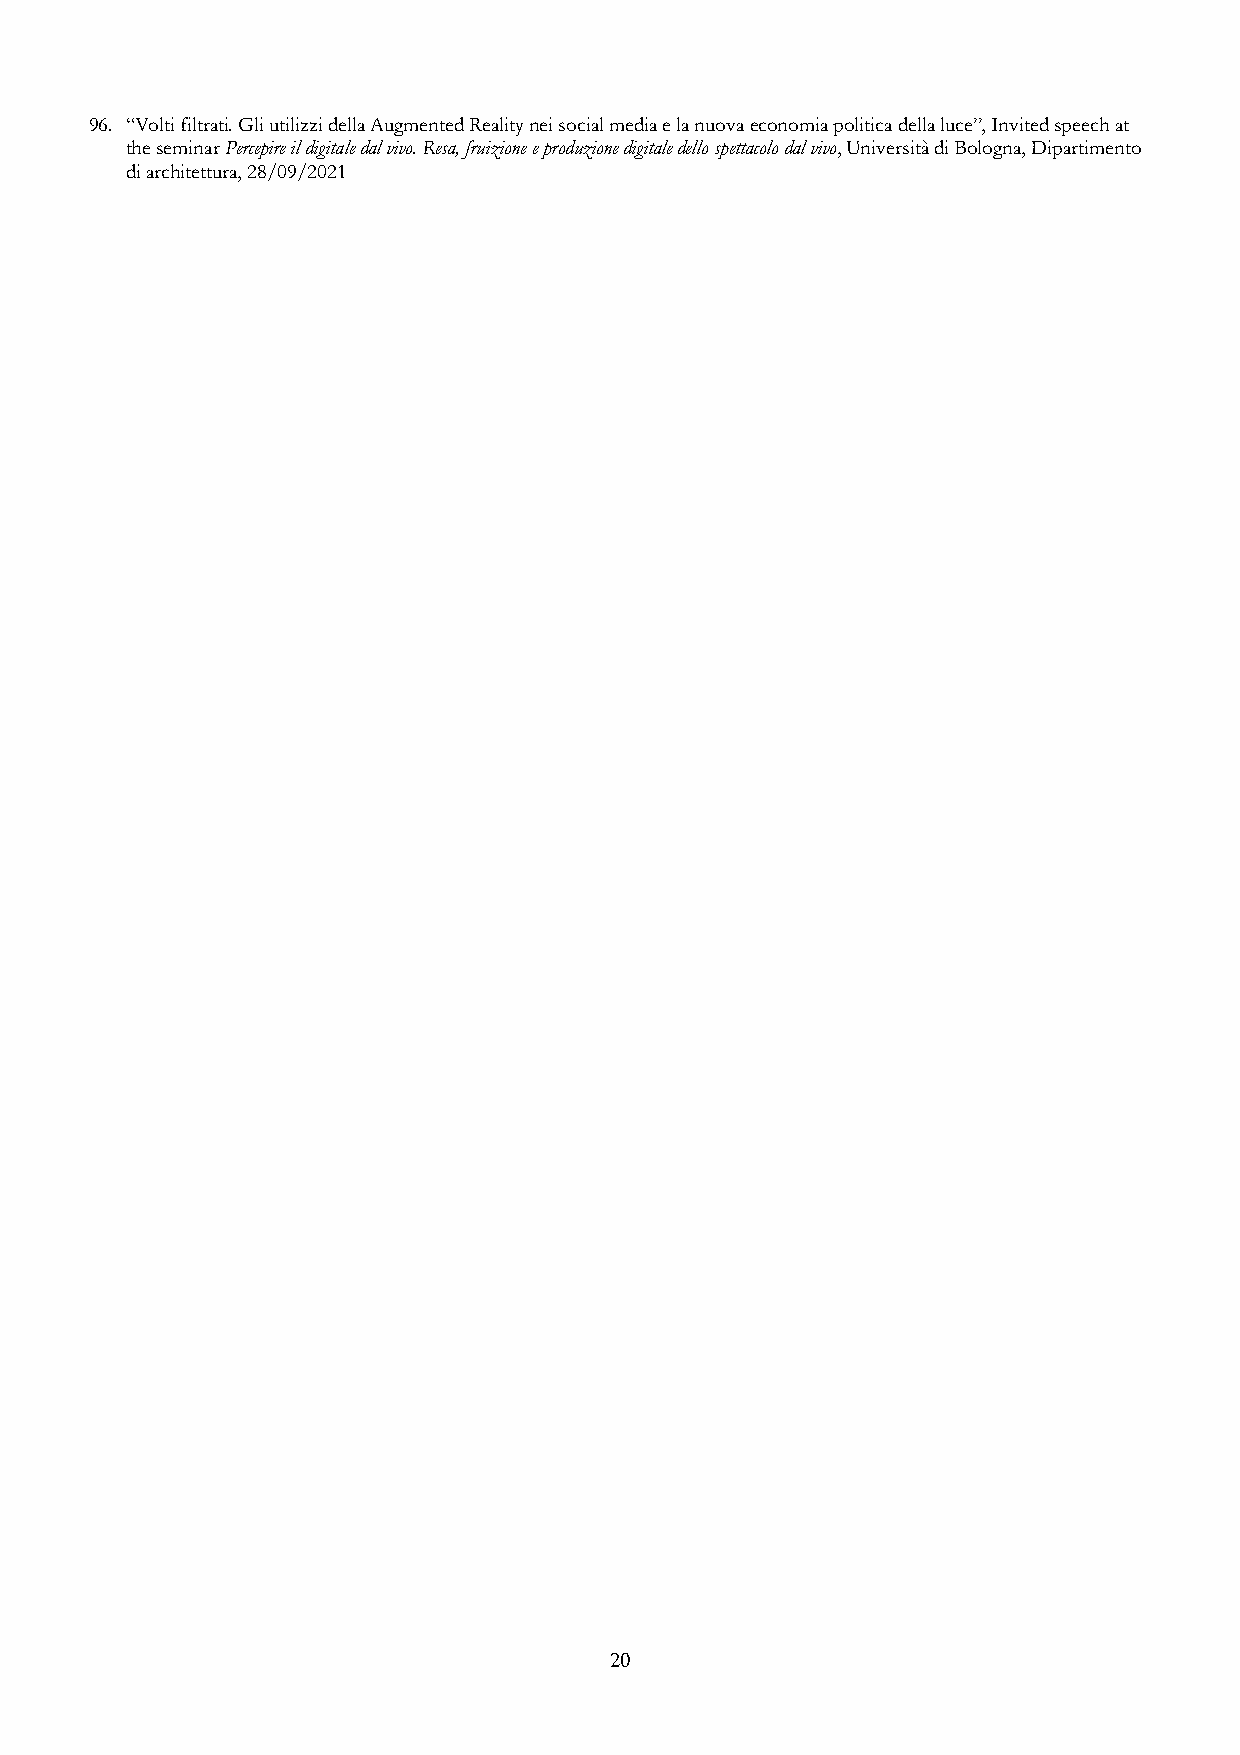
96. “Volti filtrati. Gli utilizzi della Augmented Reality nei social media e la nuova economia politica della luce”, Invited speech at
 the seminar Percepire il digitale dal vivo. Resa, fruizione e produzione digitale dello spettacolo dal vivo, Università di Bologna, Dipartimento
 di architettura, 28/09/2021
 20